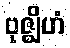
ဗုဇ္ဈိဟံ